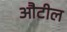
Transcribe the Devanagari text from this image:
औटील